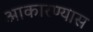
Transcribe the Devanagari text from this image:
आकारण्यास